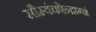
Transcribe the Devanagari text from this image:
सौम्यंचऐन्द्राग्नं